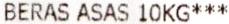
BERAS ASAS 10KG***